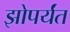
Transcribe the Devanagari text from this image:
झोपर्यंत